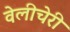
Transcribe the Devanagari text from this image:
वेलीचेरी